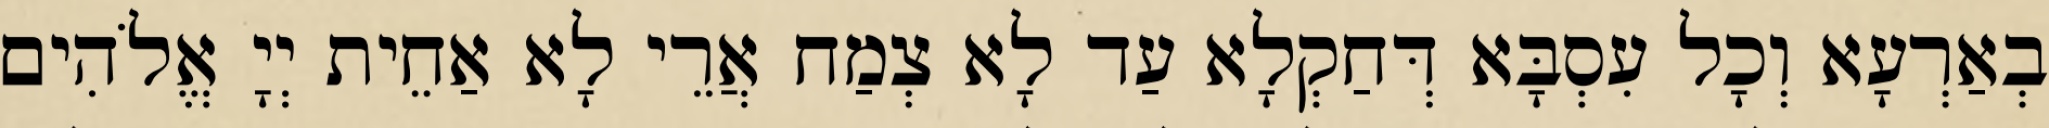
בְאַרְעָא וְכָל עִסְבָּא דְּחַקְלָא עַד לָא צְמַח אֲרֵי לָא אַחֵית יְיָ אֱלֹהִים